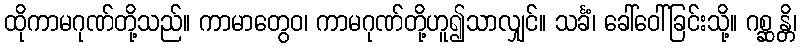
ထိုကာမဂုဏ်တို့သည်။ ကာမာတွေဝ၊ ကာမဂုဏ်တို့ဟူ၍သာလျှင်။ သင်္ခံ၊ ခေါ်ဝေါ်ခြင်းသို့။ ဂစ္ဆန္တိ၊